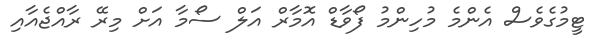
ޓީމުގެވެސް އެންމެ މުހިންމު ފޯވާޑް އޮމާރް އަލް ސޯމާ އަށް މިރޭ ރާއްޖެއާއި